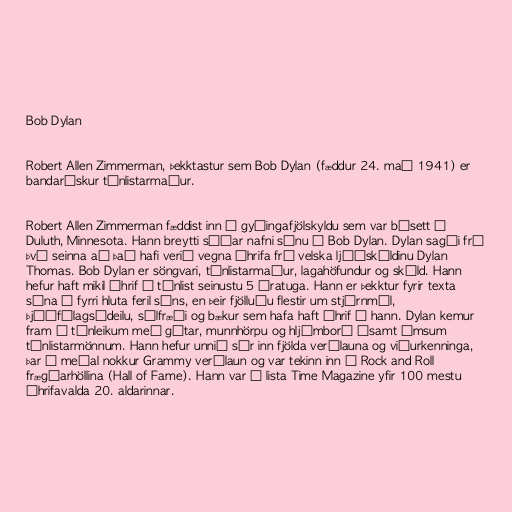
Bob Dylan

Robert Allen Zimmerman, þekktastur sem Bob Dylan (fæddur 24. maí 1941) er
bandarískur tónlistarmaður.

Robert Allen Zimmerman fæddist inn í gyðingafjölskyldu sem var búsett í
Duluth, Minnesota. Hann breytti síðar nafni sínu í Bob Dylan. Dylan sagði frá
því seinna að það hafi verið vegna áhrifa frá velska ljóðskáldinu Dylan
Thomas. Bob Dylan er söngvari, tónlistarmaður, lagahöfundur og skáld. Hann
hefur haft mikil áhrif á tónlist seinustu 5 áratuga. Hann er þekktur fyrir texta
sína á fyrri hluta feril síns, en þeir fjölluðu flestir um stjórnmál,
þjóðfélagsádeilu, sálfræði og bækur sem hafa haft áhrif á hann. Dylan kemur
fram á tónleikum með gítar, munnhörpu og hljómborð ásamt ýmsum
tónlistarmönnum. Hann hefur unnið sér inn fjölda verðlauna og viðurkenninga,
þar á meðal nokkur Grammy verðlaun og var tekinn inn í Rock and Roll
frægðarhöllina (Hall of Fame). Hann var á lista Time Magazine yfir 100 mestu
áhrifavalda 20. aldarinnar.